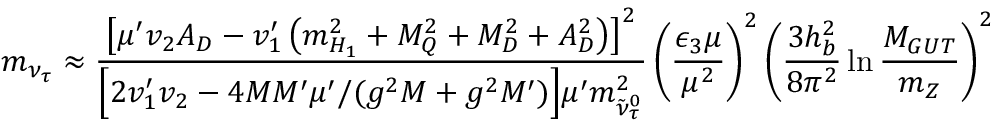
m _ { \nu _ { \tau } } \approx { \frac { \left[ \mu ^ { \prime } v _ { 2 } A _ { D } - v _ { 1 } ^ { \prime } \left( m _ { H _ { 1 } } ^ { 2 } + M _ { Q } ^ { 2 } + M _ { D } ^ { 2 } + A _ { D } ^ { 2 } \right) \right] ^ { 2 } } { \Big [ 2 v _ { 1 } ^ { \prime } v _ { 2 } - 4 M M ^ { \prime } \mu ^ { \prime } / ( g ^ { 2 } M + g ^ { 2 } M ^ { \prime } ) \Big ] \mu ^ { \prime } m _ { \tilde { \nu } _ { \tau } ^ { 0 } } ^ { 2 } } } \left( { \frac { \epsilon _ { 3 } \mu } { \mu ^ { 2 } } } \right) ^ { 2 } \left( { \frac { 3 h _ { b } ^ { 2 } } { 8 \pi ^ { 2 } } } \ln { \frac { M _ { G U T } } { m _ { Z } } } \right) ^ { 2 }